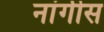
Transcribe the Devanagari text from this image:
नांगीस